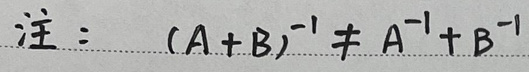
注：\((A + B)^{-1} \neq A^{-1} + B^{-1}\)